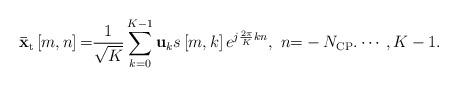
LaTeX: \begin{align*} {{\bf{\bar x}}_{\rm t}}\left[m, n \right] {\rm =} \frac{1}{\sqrt K }\sum\limits_{k = 0}^{K-1} {{{\bf{u}}_k}s\left[m, k \right]{e^{j\frac{{2\pi }}{K}kn}}},\ n {\rm =} - {{N}_{\rm CP }}. \cdots ,K - 1. \end{align*}